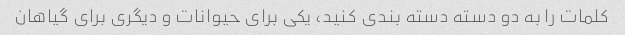
کلمات را به دو دسته دسته بندی کنید، یکی برای حیوانات و دیگری برای گیاهان